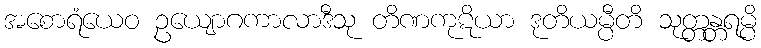
အစောရံယေဝ ဥယျောဂကာလာဒီသု တိဏကုဋိယာ ဒုတိယမ္ပီတိ သုတ္တန္တရမ္ပိ